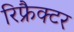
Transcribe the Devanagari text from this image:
रिफ्रैक्टर